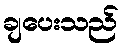
ချပေးသည်